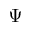
\Psi